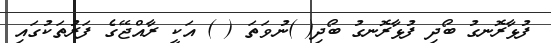
ފުޅާރޮނގު ބޯދި ފުޅާރޮނގު ބޯދި( )ނުވަތަ ( ) އަކީ ރާއްޖޭގެ ފަރުތަކުގައި